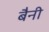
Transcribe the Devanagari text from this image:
बैनी